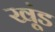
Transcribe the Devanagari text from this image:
खूंड